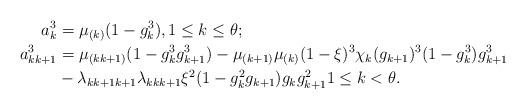
LaTeX: \begin{align*}a_k^3&=\mu_{(k)}(1-g_k^3), 1\leq k\leq \theta;\\a_{kk+1}^3&=\mu_{(kk+1)}(1-g_k^3g_{k+1}^3)-\mu_{(k+1)}\mu_{(k)}(1-\xi)^3\chi_k(g_{k+1})^3 (1-g_k^3)g_{k+1}^3\\&-\lambda_{kk+1k+1}\lambda_{kkk+1}\xi^2(1-g_k^2g_{k+1})g_kg_{k+1}^2 1\leq k< \theta.\end{align*}